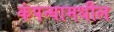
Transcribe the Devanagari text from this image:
कंपन्यामधील